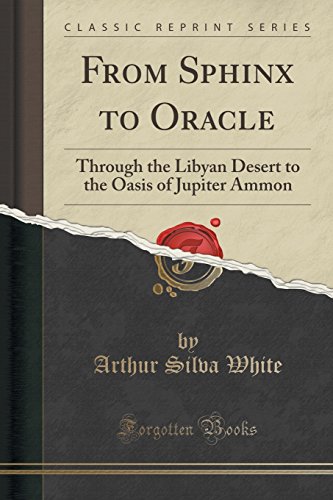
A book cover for From Sphinx to Oracle: Through the Libyan Desert to the Oasis of Jupiter Ammon (Classic Reprint); Arthur Silva White; Travel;